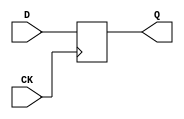
`timescale 1ns/1ns

module FDSCell(
	input CK,
	input [3:0] D,
	output reg [3:0] Q = 4'd0
);

	always @(posedge CK)
		Q <= #1 D;

endmodule